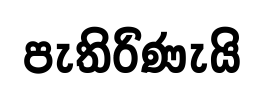
පැතිරිණැයි